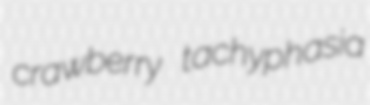
crawberry tachyphasia